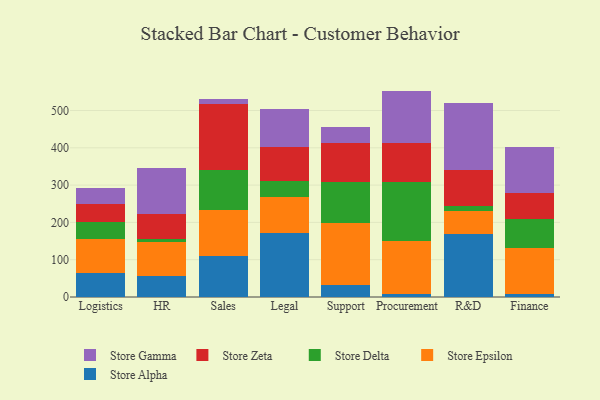
{"axis": {"x": "Department", "y": "Website Visitors"}, "legend": ["Store Alpha", "Store Delta", "Store Epsilon", "Store Gamma", "Store Zeta"], "data": [{"x": "Logistics", "y": 64.9, "type": "Store Alpha"}, {"x": "Logistics", "y": 90.4, "type": "Store Epsilon"}, {"x": "Logistics", "y": 46.2, "type": "Store Delta"}, {"x": "Logistics", "y": 46.6, "type": "Store Zeta"}, {"x": "Logistics", "y": 44.0, "type": "Store Gamma"}, {"x": "HR", "y": 57.3, "type": "Store Alpha"}, {"x": "HR", "y": 89.6, "type": "Store Epsilon"}, {"x": "HR", "y": 8.1, "type": "Store Delta"}, {"x": "HR", "y": 66.5, "type": "Store Zeta"}, {"x": "HR", "y": 123.4, "type": "Store Gamma"}, {"x": "Sales", "y": 110.1, "type": "Store Alpha"}, {"x": "Sales", "y": 124.1, "type": "Store Epsilon"}, {"x": "Sales", "y": 106.0, "type": "Store Delta"}, {"x": "Sales", "y": 177.0, "type": "Store Zeta"}, {"x": "Sales", "y": 14.8, "type": "Store Gamma"}, {"x": "Legal", "y": 172.9, "type": "Store Alpha"}, {"x": "Legal", "y": 94.1, "type": "Store Epsilon"}, {"x": "Legal", "y": 44.7, "type": "Store Delta"}, {"x": "Legal", "y": 91.3, "type": "Store Zeta"}, {"x": "Legal", "y": 101.8, "type": "Store Gamma"}, {"x": "Support", "y": 33.0, "type": "Store Alpha"}, {"x": "Support", "y": 165.3, "type": "Store Epsilon"}, {"x": "Support", "y": 109.1, "type": "Store Delta"}, {"x": "Support", "y": 104.9, "type": "Store Zeta"}, {"x": "Support", "y": 43.1, "type": "Store Gamma"}, {"x": "Procurement", "y": 8.7, "type": "Store Alpha"}, {"x": "Procurement", "y": 141.9, "type": "Store Epsilon"}, {"x": "Procurement", "y": 158.3, "type": "Store Delta"}, {"x": "Procurement", "y": 103.7, "type": "Store Zeta"}, {"x": "Procurement", "y": 140.1, "type": "Store Gamma"}, {"x": "R&D", "y": 168.8, "type": "Store Alpha"}, {"x": "R&D", "y": 60.8, "type": "Store Epsilon"}, {"x": "R&D", "y": 14.5, "type": "Store Delta"}, {"x": "R&D", "y": 97.7, "type": "Store Zeta"}, {"x": "R&D", "y": 177.7, "type": "Store Gamma"}, {"x": "Finance", "y": 6.9, "type": "Store Alpha"}, {"x": "Finance", "y": 124.1, "type": "Store Epsilon"}, {"x": "Finance", "y": 78.0, "type": "Store Delta"}, {"x": "Finance", "y": 69.2, "type": "Store Zeta"}, {"x": "Finance", "y": 122.7, "type": "Store Gamma"}]}